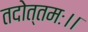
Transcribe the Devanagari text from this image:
तदोत्तमः।।